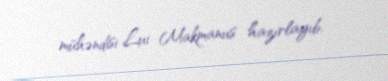
mühəndisi Lui Makmanus hazırlayıb.